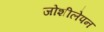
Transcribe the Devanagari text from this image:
जोशीलेपन